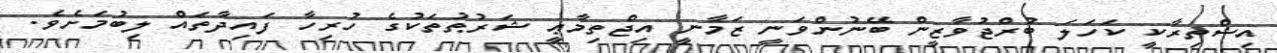
އިޝްތިރާކީ ކަހަލަ ބުރްޖުވާޒީން ބޭނުންވަނީ ޒަމާނީ އިޖްތިމާޢީ ޝަރުޠުތަކުގެ ހުރިހާ ފައިދާތައް ލިބުމަށެވެ.